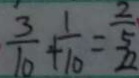
\frac { 3 } { 1 0 } + \frac { 1 } { 1 0 } = \frac { 2 } { 5 }